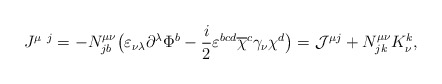
\begin{align*}J^{\mu~j}=-N^{\mu \nu}_{jb} \bigl( \varepsilon_{\nu\lambda}\partial^\lambda \Phi^b-\frac i2 \varepsilon^{bcd} \overline{\chi}^c \gamma_\nu \chi^d \bigr)={\cal J}^{\mu j} + N^{\mu\nu}_{jk} K^k_{\nu},\end{align*}